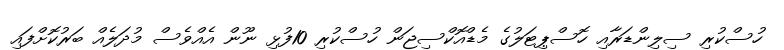
ހުސްކުރި ސިލިންޑަރާއި ހޮސްޕިޓަލުގެ މެޑްއޮކްސިޖަން ހުސްކުރި 10ފުޅި ނޫން އެއްވެސް މުދަލެއް ބަރުކޮށްފައި